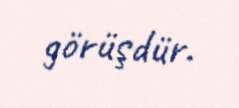
görüşdür.